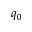
q _ { 0 }